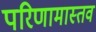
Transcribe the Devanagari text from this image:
परिणामास्तव